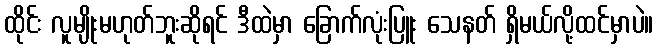
ထိုင်း လူမျိုးမဟုတ်ဘူးဆိုရင် ဒီထဲမှာ ခြောက်လုံးပြူး သေနတ် ရှိမယ်လို့ထင်မှာပဲ။